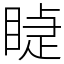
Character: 𥈤